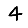
Digit: 4